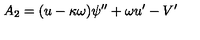
A _ { 2 } = ( u - \kappa \omega ) \psi ^ { \prime \prime } + \omega u ^ { \prime } - V ^ { \prime }